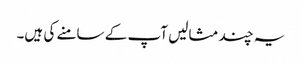
یہ چند مثالیں آپ کے سامنے کی ہیں۔